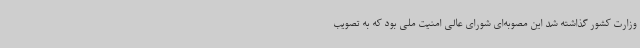
وزارت کشور گذاشته شد این مصوبه‌ای شورای عالی امنیت ملی بود که به تصویب